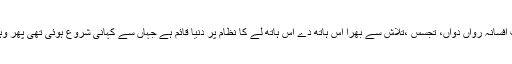
بہت خوبصورت افسانہ رواں دواں، تجسس ،تلاش سے بھرا اس ہاتھ دے اس ہاتھ لے کا نظام پر دنیا قائم ہے جہاں سے کہانی شروع ہوئی تھی پھر وہی پر ختم ہوئی ۔